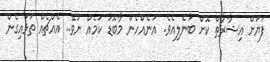
ފަޔަށް އިޝާރާތް ކޮށް ބުނެލިއެވެ. އަނެއްހެން މާބޮޑު ކަމެއް ނުވޭ.. އެއްޗެއް ތަޅައިގެން